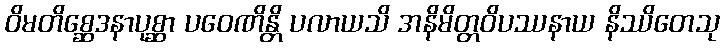
ဝိမတိစ္ဆေဒနာပုစ္ဆာ ပဝေဏိန္တိ ပလာယသိ အနိမိတ္တဝိပဿနာယ နိဿိတေသု